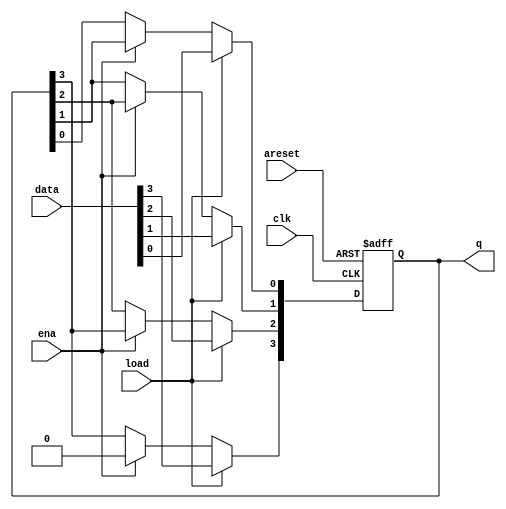
`timescale 1ns / 1ps
//////////////////////////////////////////////////////////////////////////////////
// Company: 
// Engineer: 
// 
// Design Name: 
// Module Name: des
// Project Name: 
// Target Devices: 
// Tool Versions: 
// Description: 
// 
// Dependencies: 
// 
// Revision:
// Revision 0.01 - File Created
// Additional Comments:
// 
//////////////////////////////////////////////////////////////////////////////////


module des(
    input clk,
    input areset,
    input load,
    input ena,
    input [3:0] data,
    output reg [3:0] q
    );
    integer i;
    always @ (posedge clk or posedge areset) begin
    if(areset)
    q<=0;
    else begin
    if(load)
    q<=data;
    else if(ena) begin
    for(i=0;i<3;i=i+1) begin
    q[i]<=q[i+1];
    q[3]<=0;
    end end end end
endmodule